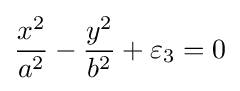
{x^{2} \over a^{2}}-{y^{2} \over b^{2}}+\varepsilon _{3}=0